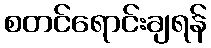
စတင်ရောင်းချရန်